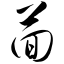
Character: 茴